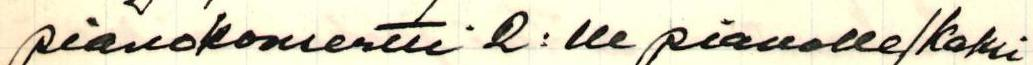
pianokonsertti 2:lle pianolle/kaksi